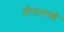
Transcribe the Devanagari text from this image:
टीममध्ये